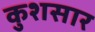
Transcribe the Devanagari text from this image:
कुशसार